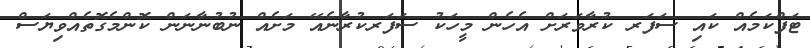
ޓަފްކަމެއް ކައި ސަފަރ ކުރާވަރަށް އެހެން މީހަކު ސަފަރކުރާނެއޭ މަށެއް ނުބުނާނަން ކޮންމެގޮތެއްވިޔަސް